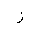
Letter: _zay